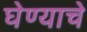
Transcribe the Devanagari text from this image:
घेण्‍याचे